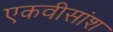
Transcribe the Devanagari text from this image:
एकवीसांश